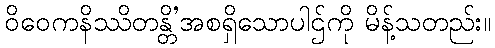
ဝိဝေကနိဿိတန္တိ’အစရှိသောပါဌ်ကို မိန့်သတည်း။